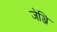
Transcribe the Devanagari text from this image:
जेञ्जि